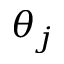
\theta _ { j }